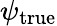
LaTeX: \psi_{\textrm{true}}